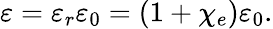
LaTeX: \varepsilon=\varepsilon_{r}\varepsilon_{0}=(1+\chi_{e})\varepsilon_{0}.